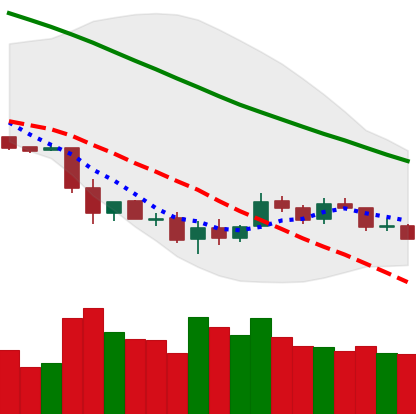
Ticker: LTC-USD
Chart end date: 2018-12-05
Forward return: -15.967%
Label: down_7plus